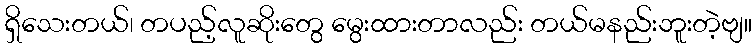
ရှိသေးတယ်၊ တပည့်လူဆိုးတွေ မွေးထားတာလည်း တယ်မနည်းဘူးတဲ့ဗျ။